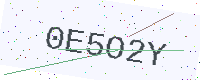
Text: 0E5O2Y